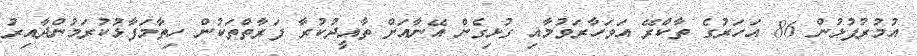
އުމުރުފުޅުން 86 އަހަރުގެ ތާކްރޭ އަވަހާރަވުމާއި ގުޅިގެން އޭނާއަށް ތާއީދުކުރާ ފަރާތްތަކުން ހިތާމަފާޅުކުރަމުންދާއިރު